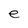
Character: e